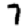
Digit: 7